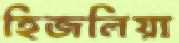
হিজলিয়া